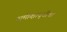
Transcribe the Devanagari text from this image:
समीक्षावृत्तीचा